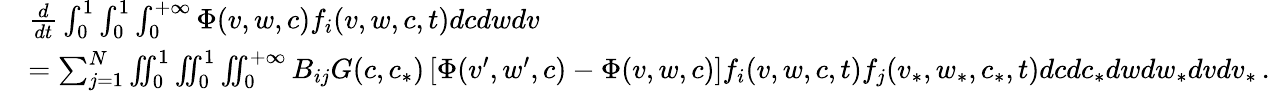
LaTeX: \begin{array}{rl}&{\frac{d}{dt}\int_{0}^{1}\int_{0}^{1}\int_{0}^{+\infty}\Phi(v,w,c)f_{i}(v,w,c,t)dcdwdv}\\ &{=\sum_{j=1}^{N}\iint_{0}^{1}\iint_{0}^{1}\iint_{0}^{+\infty}B_{ij}G(c,c_{*})\left[\Phi(v^{\prime},w^{\prime},c)-\Phi(v,w,c)\right]f_{i}(v,w,c,t)f_{j}(v_{*},w_{*},c_{*},t)dcdc_{*}dwdw_{*}dvdv_{*}\, .}\end{array}